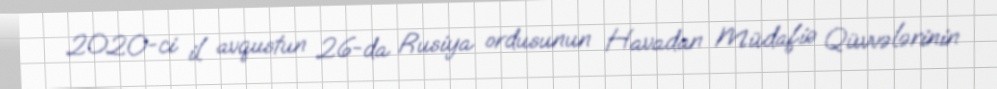
2020-ci il avqustun 26-da Rusiya ordusunun Havadan Müdafiə Qüvvələrinin